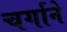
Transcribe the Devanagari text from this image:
चर्गाने